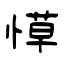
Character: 愺